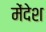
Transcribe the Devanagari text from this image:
मेंदेश